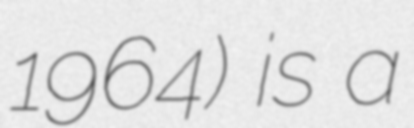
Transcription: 1964) is a